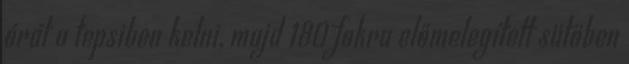
órát a tepsiben kelni, majd 180 fokra előmelegített sütőben